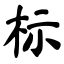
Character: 标